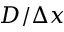
D / \Delta x